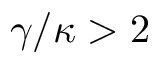
\gamma / \kappa > 2